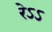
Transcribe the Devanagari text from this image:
रेऽऽ